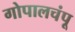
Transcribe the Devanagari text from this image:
गोपालचंपू